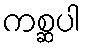
ကစ္ဆပါ